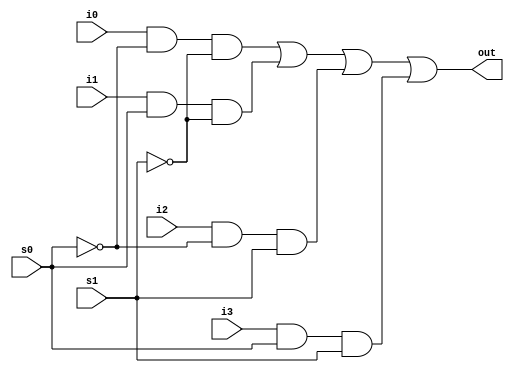
module mux_4_1 (
    output out,
    input i0,i1,i2,i3,
    input s0,s1
);

// Internal wire declaration
wire s0n,s1n;
wire y0,y1,y2,y3;

// Implementing 4:1 mux logic
not (s0n,s0);
not (s1n,s1);

and (y0,i0,s0n,s1n);
and (y1,i1,s0,s1n);
and (y2,i2,s0n,s1);
and (y3,i3,s0,s1);

or (out,y0,y1,y2,y3);
    
endmodule